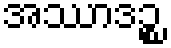
အဿာဒဉ္စ